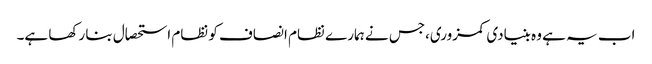
اب یہ ہے وہ بنیادی کمزوری،جس نے ہمارے نظام انصاف کو نظام استحصال بنا رکھا ہے۔